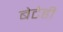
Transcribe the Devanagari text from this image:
बेटेही